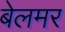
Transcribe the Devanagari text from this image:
बेलमर